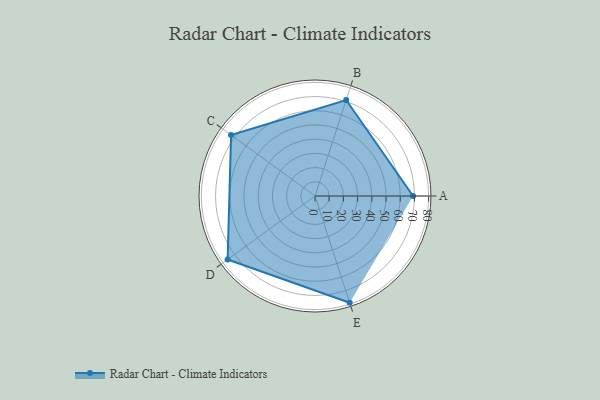
{"axis": {"x": "Skill", "y": "Score"}, "legend": ["Profile"], "data": [{"x": "A", "y": 69.0, "type": "Profile"}, {"x": "B", "y": 71.0, "type": "Profile"}, {"x": "C", "y": 73.0, "type": "Profile"}, {"x": "D", "y": 76.0, "type": "Profile"}, {"x": "E", "y": 79.0, "type": "Profile"}]}